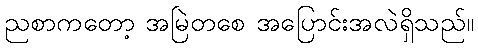
ညစာကတော့ အမြဲတစေ အပြောင်းအလဲရှိသည်။